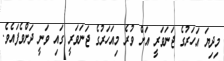
މިދިޔަ އަހަރުގެ ޖަނަވަރީ އަށް ވުރެ މިއަހަރުގެ ޖަނަވަރީ ގައި ވަނީ ދަށްވެފައެވެ.